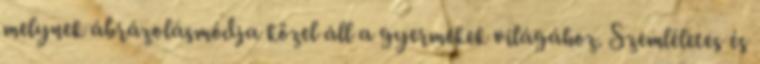
melynek ábrázolásmódja közel áll a gyermekek világához. Szemléletes és